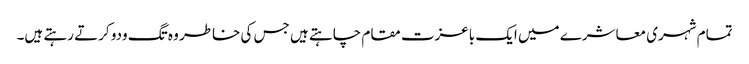
تمام شہری معاشرے میں ایک باعزت مقام چاہتے ہیں جس کی خاطر وہ تگ ودو کرتے رہتے ہیں۔